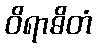
ဝိရာဓိတံ